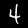
Digit: 4